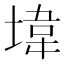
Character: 㙔